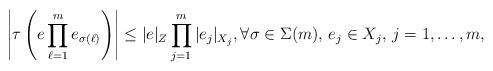
LaTeX: \begin{align*}\left|\tau\left( e \prod_{\ell=1}^{m} e_{\sigma(\ell)}\right) \right| \leq |e|_Z \prod_{j=1}^m |e_j|_{X_j}, \forall \sigma \in \Sigma(m), \, e_j \in X_j,\, j=1,\ldots, m,\end{align*}